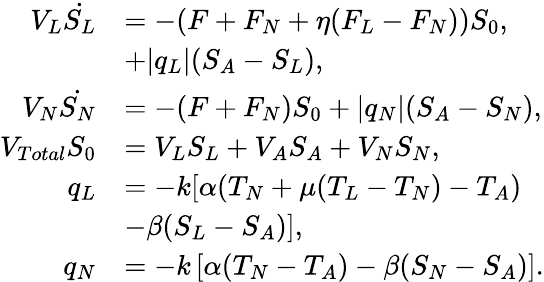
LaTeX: \begin{array}{rl}{V_{L}\dot{S_{L}}}&{=-(F+F_{N}+\eta(F_{L}-F_{N}))S_{0},}\\ &{+|q_{L}|(S_{A}-S_{L}),}\\ {V_{N}\dot{S_{N}}}&{=-(F+F_{N})S_{0}+|q_{N}|(S_{A}-S_{N}),}\\ {V_{Total}S_{0}}&{=V_{L}S_{L}+V_{A}S_{A}+V_{N}S_{N},}\\ {q_{L}}&{=-k[\alpha(T_{N}+\mu(T_{L}-T_{N})-T_{A})}\\ &{-\beta(S_{L}-S_{A})],}\\ {q_{N}}&{=-k\left[\alpha(T_{N}-T_{A})-\beta(S_{N}-S_{A})\right].}\end{array}